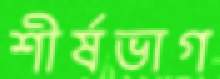
শীর্ষভাগ